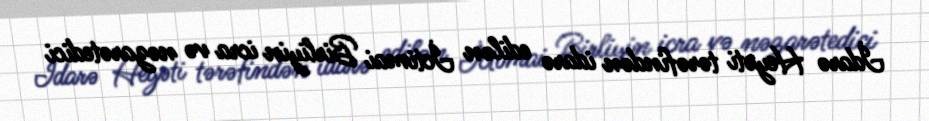
İdarə Heyəti tərəfindən idarə edilən İctimai Birliyin icra və nəzarətedici